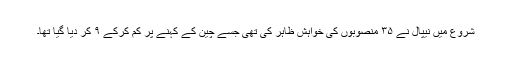
شروع میں نیپال نے ۳۵ منصوبوں کی خواہش ظاہر کی تھی جسے چین کے کہنے پر کم کرکے ۹ کر دیا گیا تھا۔